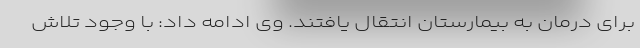
برای درمان به بیمارستان انتقال یافتند. وی ادامه داد: با وجود تلاش